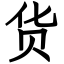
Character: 货